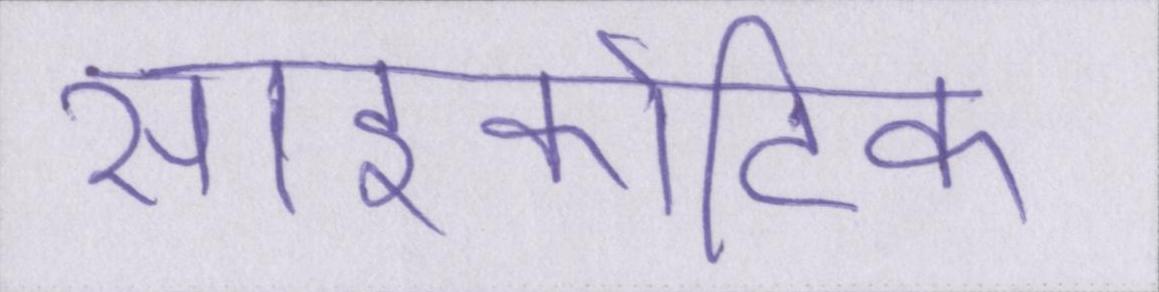
साइकोटिक